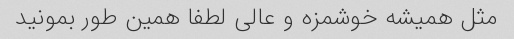
مثل همیشه خوشمزه و عالی لطفا همین طور بمونید